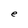
Character: e